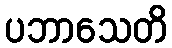
ပဘာသေတိ